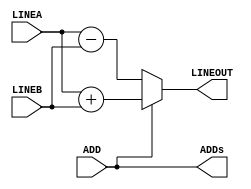
module ALU
(
    input [15:0] LINEA, LINEB,
    input ADD,
    output reg [15:0] LINEOUT,
    output ADDs
);

    assign ADDs = ADD;
    
    always @ (*)
        begin
            if (ADD)
                begin
                    LINEOUT <= LINEA + LINEB;
                end
            else
                begin
                    LINEOUT <= LINEA - LINEB;
                end
        end
    
endmodule

module testALU;

    reg [15:0] LINEA, LINEB;
    reg ADD;
    wire [15:0] LINEOUT;
    
    ALU UUT(
        .LINEA(LINEA),
        .LINEB(LINEB),
        .LINEOUT(LINEOUT),
        .ADD(ADD)
    );
    
    initial begin
        LINEA = 16'b0000_0000_0000_0000;
        LINEB = 16'b0000_0000_0000_0000;
        ADD = 1'b0;
    end    
    
    initial begin
        #1
        LINEA = 16'b0000_0000_0110_0000;
        LINEB = 16'b0100_1100_0000_0000;
        ADD = 1'b1;
        #1
        LINEA = 16'b0000_0111_0000_0000;
        LINEB = 16'b0000_0001_0000_0000;
        ADD = 1'b0;
        #1
        LINEA = 16'b1111_0000_0000_0000;
        LINEB = 16'b0011_0000_0000_0000;
        ADD = 1'b0;
        #1
        LINEA = 16'b1111_0000_0111_0000;
        LINEB = 16'b0000_1111_0000_0111;
        ADD = 1'b0;
    end
    
endmodule